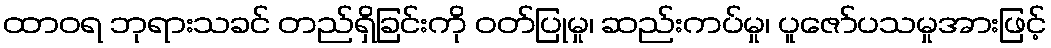
ထာဝရ ဘုရားသခင် တည်ရှိခြင်းကို ဝတ်ပြုမှု၊ ဆည်းကပ်မှု၊ ပူဇော်ပသမှုအားဖြင့်